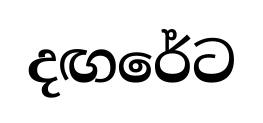
දඟරේට